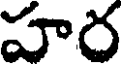
హర